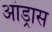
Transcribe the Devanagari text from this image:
आंड्रास